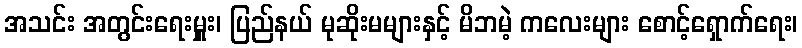
အသင်း အတွင်းရေးမှူး၊ ပြည်နယ် မုဆိုးမများနှင့် မိဘမဲ့ ကလေးများ စောင့်ရှောက်ရေး၊